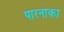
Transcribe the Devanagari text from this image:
पारनाका